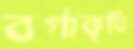
বর্গাকৃতি